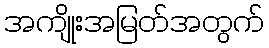
အကျိုးအမြတ်အတွက်